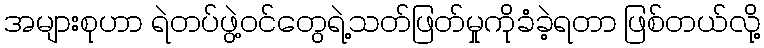
အများစုဟာ ရဲတပ်ဖွဲ့ဝင်တွေရဲ့သတ်ဖြတ်မှုကိုခံခဲ့ရတာ ဖြစ်တယ်လို့